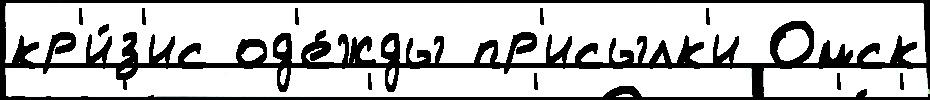
кр'и́з'ис од'е́жды пр'исылк'и Омск